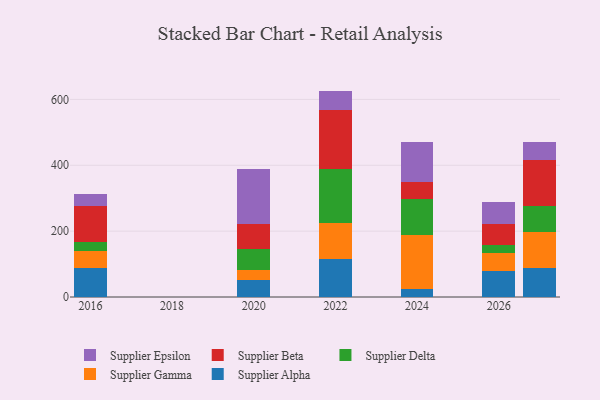
{"axis": {"x": "Year", "y": "Production Output"}, "legend": ["Supplier Alpha", "Supplier Beta", "Supplier Delta", "Supplier Epsilon", "Supplier Gamma"], "data": [{"x": "2024", "y": 25.7, "type": "Supplier Alpha"}, {"x": "2024", "y": 161.6, "type": "Supplier Gamma"}, {"x": "2024", "y": 111.3, "type": "Supplier Delta"}, {"x": "2024", "y": 51.6, "type": "Supplier Beta"}, {"x": "2024", "y": 120.8, "type": "Supplier Epsilon"}, {"x": "2027", "y": 86.7, "type": "Supplier Alpha"}, {"x": "2027", "y": 110.5, "type": "Supplier Gamma"}, {"x": "2027", "y": 79.3, "type": "Supplier Delta"}, {"x": "2027", "y": 139.6, "type": "Supplier Beta"}, {"x": "2027", "y": 53.4, "type": "Supplier Epsilon"}, {"x": "2016", "y": 87.2, "type": "Supplier Alpha"}, {"x": "2016", "y": 51.8, "type": "Supplier Gamma"}, {"x": "2016", "y": 26.5, "type": "Supplier Delta"}, {"x": "2016", "y": 112.3, "type": "Supplier Beta"}, {"x": "2016", "y": 34.7, "type": "Supplier Epsilon"}, {"x": "2020", "y": 50.6, "type": "Supplier Alpha"}, {"x": "2020", "y": 31.9, "type": "Supplier Gamma"}, {"x": "2020", "y": 62.5, "type": "Supplier Delta"}, {"x": "2020", "y": 76.7, "type": "Supplier Beta"}, {"x": "2020", "y": 167.8, "type": "Supplier Epsilon"}, {"x": "2026", "y": 78.1, "type": "Supplier Alpha"}, {"x": "2026", "y": 56.4, "type": "Supplier Gamma"}, {"x": "2026", "y": 22.8, "type": "Supplier Delta"}, {"x": "2026", "y": 63.6, "type": "Supplier Beta"}, {"x": "2026", "y": 67.5, "type": "Supplier Epsilon"}, {"x": "2022", "y": 114.5, "type": "Supplier Alpha"}, {"x": "2022", "y": 109.2, "type": "Supplier Gamma"}, {"x": "2022", "y": 165.6, "type": "Supplier Delta"}, {"x": "2022", "y": 178.4, "type": "Supplier Beta"}, {"x": "2022", "y": 58.2, "type": "Supplier Epsilon"}]}